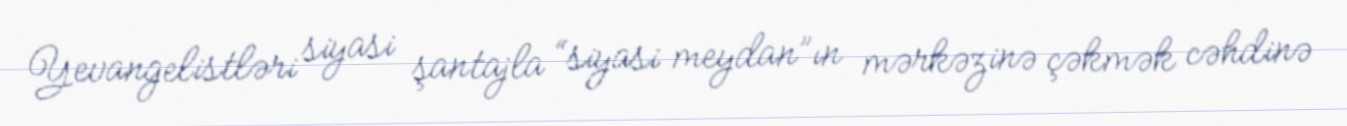
Yevangelistləri siyasi şantajla “siyasi meydan”ın mərkəzinə çəkmək cəhdinə